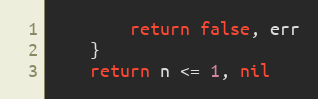
Language: Go
		return false, err
	}
	return n <= 1, nil